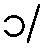
၁/